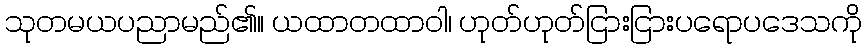
သုတမယပညာမည်၏။ ယထာတထာဝါ၊ ဟုတ်ဟုတ်ငြားငြားပရောပဒေသကို